Vaccination in Bombay 1869-1873 - 1869-1873
Year: 1869
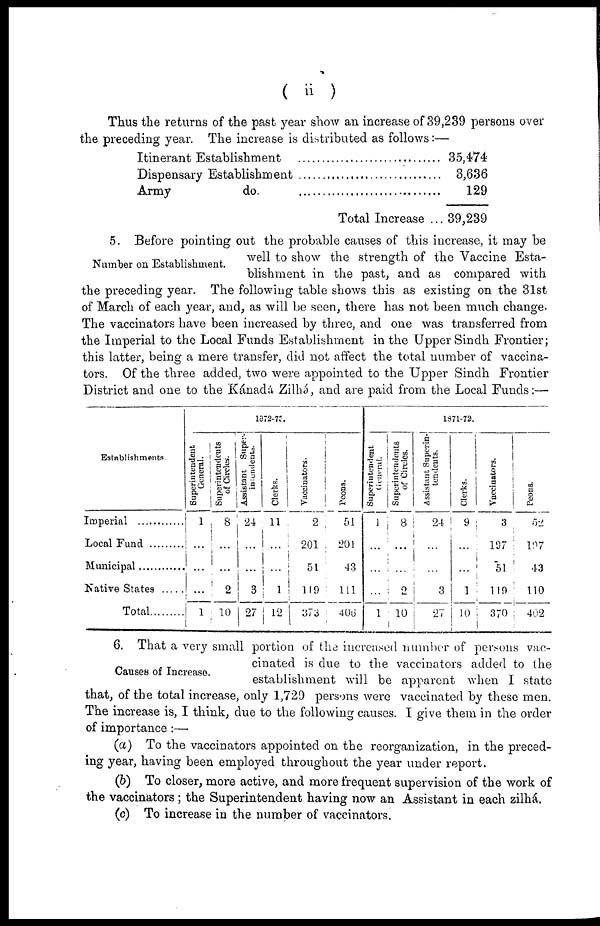
( ii )
Thus the returns of the past year show an increase of 39,239 persons over
the preceding year. The increase is distributed as follows:—
Itinerant Establishment ...................
Dispensary Establishment ..............
Army do ......................
Total Increase ..
35,474
3,636
129
39,239
Number on Establishment.
5. Before pointing out the probable causes of this increase, it may be
well to show the strength of the Vaccine Esta-
blishment in the past, and as compared with
the preceding year. The following table shows this as existing on the 31st
of March of each year, and, as will be seen, there has not been much change.
The vaccinators have been increased by three, and one was transferred from
the Imperial to the Local Funds Establishment in the Upper Sindh Frontier;
this latter, being a mere transfer, did not affect the total number of vaccina-
tors. Of the three added, two were appointed to the Upper Sindh Frontier
District and one to the Kánadá Zilhá, and are paid from the Local Funds:—
Establishments.
Imperial ..............
Local Fund
Municipal ...........
Native States .......
Total
1872-73.
Superintendent
General.
1
...
...
...
1
Superintendents
of Circles.
8
...
...
2
10
Assistant Super-
intendents.
24
...
...
3
27
Clerks.
11
...
...
1
12
Vaccinators.
2
201
51
119
373
Peons.
51
201
43
111
406
1871-72.
Superintendent
General.
1
...
...
...
1
Superintendents
of Circles.
8
...
...
2
10
Assistant Superin-
tendents.
24
...
...
3
27
Clerks.
9
...
...
1
10
Vaccinators.
3
107
51
119
370
Peons.
52
197
43
110
402
Causes of Increase.
6. That a very small portion of the increased number of persons vac-
cinated is due to the vaccinators added to the
establishment will be apparent when I state
that, of the total increase, only 1,729 persons were vaccinated by these men.
The increase is, I think, due to the following causes. I give them in the order
of importance :—
(a) To the vaccinators appointed on the reorganization, in the preced-
ing year, having been employed throughout the year under report.
(b) To closer, more active, and more frequent supervision of the work of
the vaccinators; the Superintendent having now an Assistant in each zilhá.
(c) To increase in the number of vaccinators.